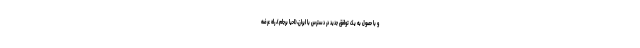
و با حصول به یک توافق جدید در دسترس با ایران،(احیا برجام)، راه عرضه